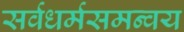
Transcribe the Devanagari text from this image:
सर्वधर्मसमन्वय